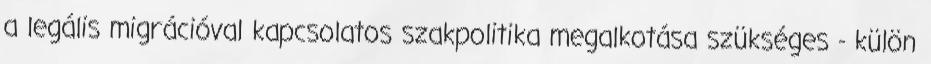
a legális migrációval kapcsolatos szakpolitika megalkotása szükséges - külön